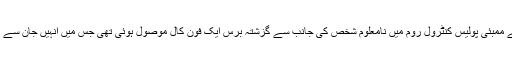
بالی ووڈ کے سلطان سلمان خان کے لیے ممبئی پولیس کنٹرول روم میں نامعلوم شخص کی جانب سے گزشتہ برس ایک فون کال موصول ہوئی تھی جس میں انہیں جان سے مارنے کی واضح دھمکی دی گئی تھی۔